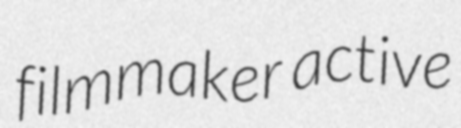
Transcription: filmmaker active